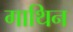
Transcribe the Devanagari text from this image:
गाथिन